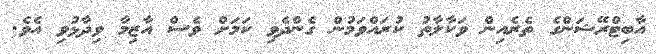
އާބިޓްރޭޝަންގެ ތެރެއިން ވަކާލާތު ކުރައްވަމުން ގެންދެވި ކަމަށް ވެސް އާޒިމާ ވިދާޅުވި އެވެ.